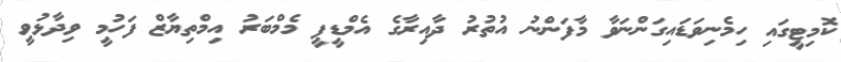
ކޮމިޓީގައި ހިމެނިވަޑައިގަންނަވާ މާފަންނު އުތުރު ދާއިރާގެ އެމްޑީޕީ މެމްބަރު އިމްތިޔާޒް ފަހުމީ ވިދާޅުވީ